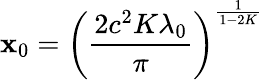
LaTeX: \mathbf{x}_{0}=\left(\frac{{2c^{2}K\lambda_{0}}}{{\pi}}\right)^{\frac{{1}}{{1-2K}}}